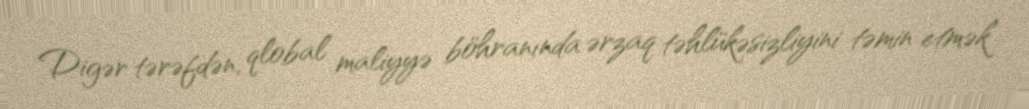
Digər tərəfdən, qlobal maliyyə böhranında ərzaq təhlükəsizliyini təmin etmək